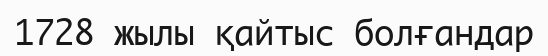
1728 жылы қайтыс болғандар